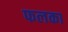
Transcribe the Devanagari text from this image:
फलका